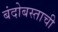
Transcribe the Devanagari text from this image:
बंदोबस्ताची